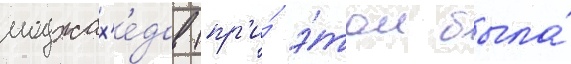
моджах'е́дов (пр'и́ э́том была́